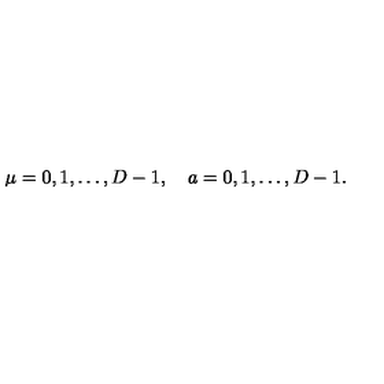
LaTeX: \mu = 0 , 1 , \ldots , D - 1 , \quad a = 0 , 1 , \ldots , D - 1 .